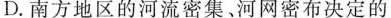
D.南方地区的河流密集、河网密布决定的